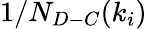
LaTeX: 1/N_{D-C}(k_{i})